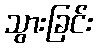
သွားခြင်း